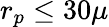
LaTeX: r_{p}\leq 30\mu